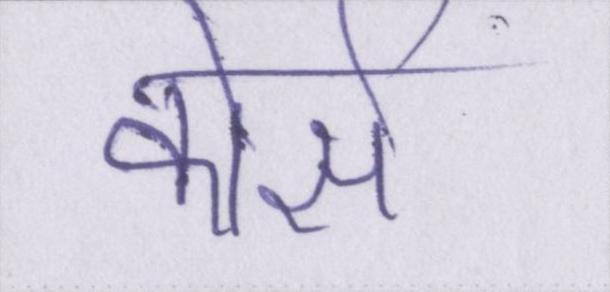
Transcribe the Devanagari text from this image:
कोर्स